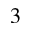
^ { 3 }